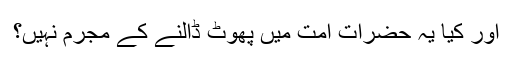
اور کیا یہ حضرات امت میں پھوٹ ڈالنے کے مجرم نہیں؟